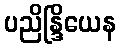
ပညိန္ဒြိယေန